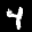
Label: 4